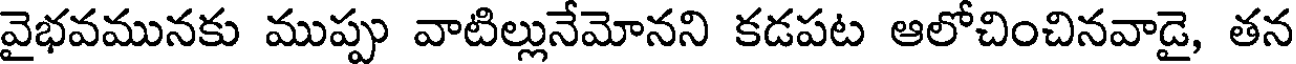
వైభవమునకు ముప్పు వాటిల్లునేమోనని కడపట ఆలోచించినవాడై, తన